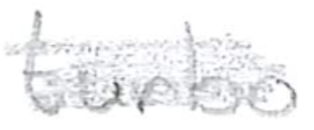
Text: turbo
Cross-out: scratch
Writing tool: pencil